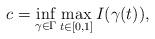
LaTeX: \begin{align*}c=\mathop{\inf}\limits_{\gamma\in\Gamma}\mathop{\max}\limits_{t\in[0,1]}I(\gamma(t)),\end{align*}